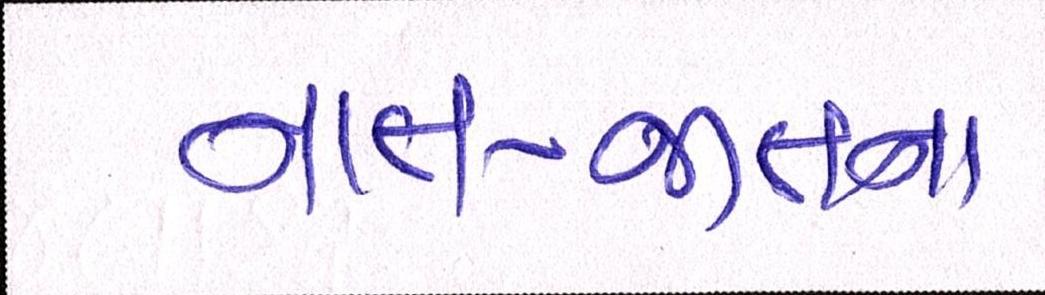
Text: નાત-જાતના